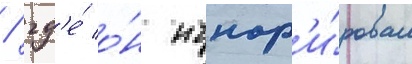
/ гд'е́ о́н игнор'и́ровал